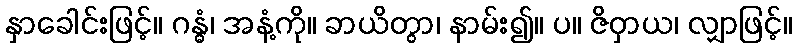
နှာခေါင်းဖြင့်။ ဂန္ဓံ၊ အနံ့ကို။ ခာယိတွာ၊ နာမ်း၍။ ပ။ ဇိဝှာယ၊ လျှာဖြင့်။